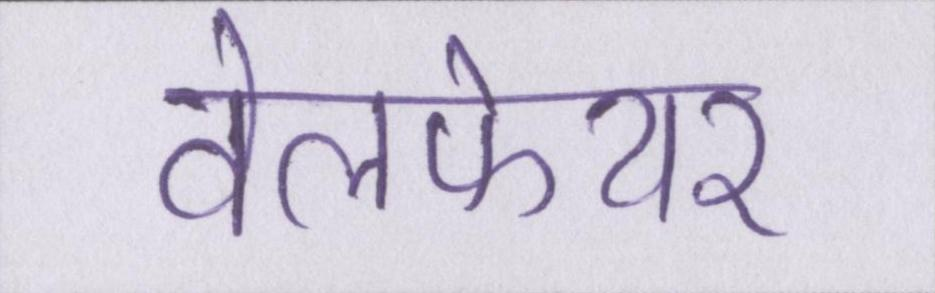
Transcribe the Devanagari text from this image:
वेलफेयर